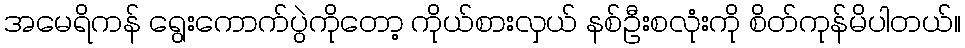
အမေရိကန် ရွေးကောက်ပွဲကိုတော့ ကိုယ်စားလှယ် နစ်ဦးစလုံးကို စိတ်ကုန်မိပါတယ်။